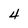
Character: 4